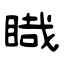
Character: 睵